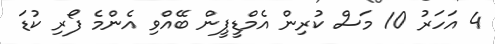
4 އަހަރު 10 މަސް ކުރިން އެމްޑީޕީން ބޭއްވި އެންމެ ފޯރި ކުޑަ